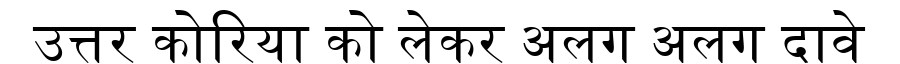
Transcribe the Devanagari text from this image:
उत्तर कोरिया को लेकर अलग अलग दावे